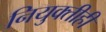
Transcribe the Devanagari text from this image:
नियुक्तीही